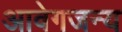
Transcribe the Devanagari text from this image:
आवेगजन्य